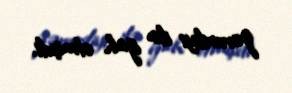
zəruriliyi ilə izah etmişdi.